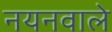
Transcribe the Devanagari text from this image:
नयनवाले